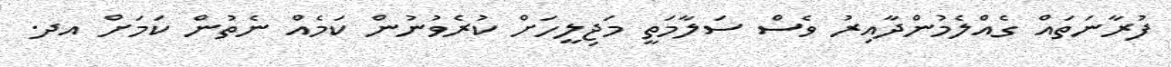
ފުރާނަތައް ގެއްލެމުންދާއިރު ވެސް ސަލާމަތީ މަޖިލީހަށް ކުރެވުނުން ކަމެއް ނެތުން ކަމަށް އދ.